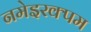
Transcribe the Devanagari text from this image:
नमेइरक्पम